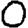
Digit: 0